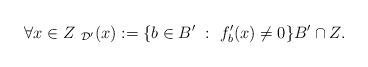
LaTeX: \begin{align*}\forall x \in Z \ _{\mathcal{D}'}(x):= \{ b \in B' \ : \ f'_b(x) \ne 0 \} B' \cap Z.\end{align*}